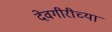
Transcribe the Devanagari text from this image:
देवगीरीच्या